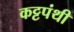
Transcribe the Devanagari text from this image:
कट्टपंथी